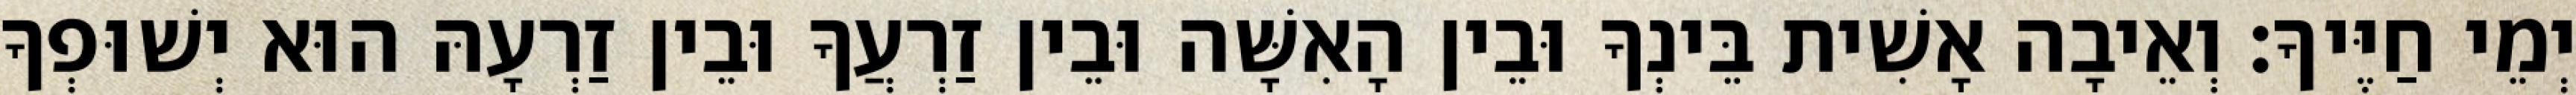
יְמֵי חַיֶּיךָ׃ וְאֵיבָה אָשִׁית בֵּינְךָ וּבֵין הָאִשָּׁה וּבֵין זַרְעֲךָ וּבֵין זַרְעָהּ הוּא יְשׁוּפְךָ